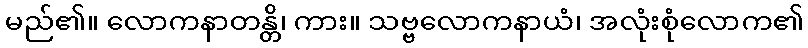
မည်၏။ လောကနာတန္တိ၊ ကား။ သဗ္ဗလောကနာယံ၊ အလုံးစုံလောက၏